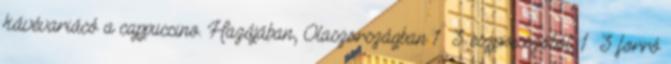
kávévariácó a cappuccino. Hazájában, Olaszországban 1 3 eszpresszóból, 1 3 forró